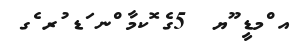
އ ްމޑީ ޫޔ  5ގެ ޮކމާ ްނ ަޑ ުރ ެގ